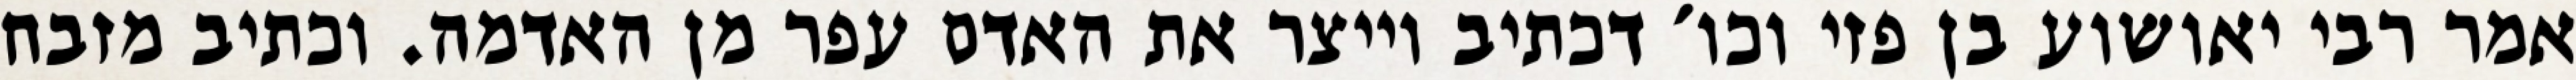
אמר רבי יאושוע בן פזי וכו׳ דכתיב וייצר את האדם עפר מן האדמה. וכתיב מזבח